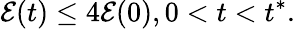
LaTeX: \mathcal{E}(t)\leq 4\mathcal{E}(0),0<t<t^{*}.